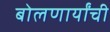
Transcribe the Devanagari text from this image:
बोलणार्यांची